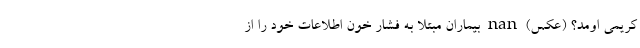
کریمی اومد؟ (عکس) nan بیماران مبتلا به فشار خون اطلاعات خود را از